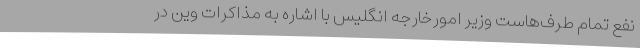
نفع تمام طرف‌هاست وزیر امورخارجه انگلیس با اشاره به مذاکرات وین در